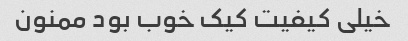
خیلی کیفیت کیک خوب بود ممنون